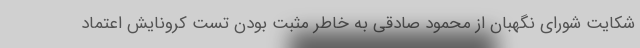
شکایت شورای نگهبان از محمود صادقی به خاطر مثبت بودن تست کرونایش اعتماد